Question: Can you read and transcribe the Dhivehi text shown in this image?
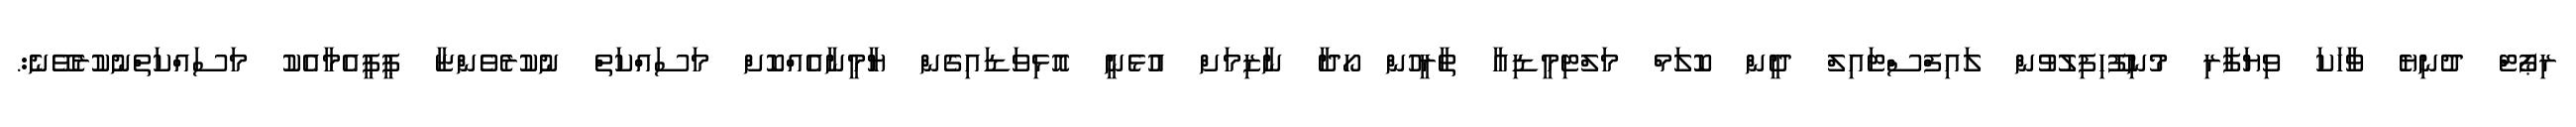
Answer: ރިޕޯޓް ދުނިޔެ ވާހަކަ ވިޔަފާރި މުނިފޫހިފިލުވުން ލައިފްސްޓައިލް ދީން ކޮލަމް މަލްޓިމީޑިއާ ތާރީހުން ހޯދާ ނާޒިމަށް އުޅެނީ އޮޅިވަޑައިގެން ޔާމީނާއެއްކޮށް މަސައްކަތް ނުކުރެވެންޏާ ޕީޕީއެމާއެކު މަސައްކަތްނުކުރެވޭނެ:.